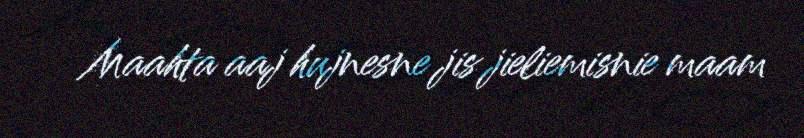
Maahta aaj hujnesne jis jieliemisnie maam